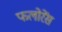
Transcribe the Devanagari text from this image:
फलोरेंस